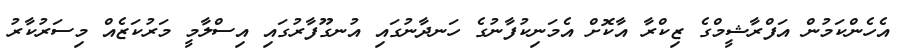
އެހެންކަމުން އަފްރާޝީމްގެ ޒިކްރާ އާކޮށް އެމަނިކުފާނުގެ ހަނދާނުގައި އުނގޫފާރުގައި އިސްލާމީ މަރުކަޒެއް މިސަރުކާރު